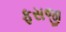
ફસજી